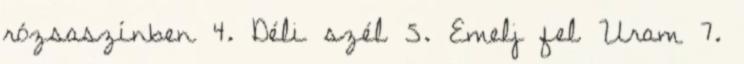
rózsaszínben 4. Déli szél 5. Emelj fel Uram 7.